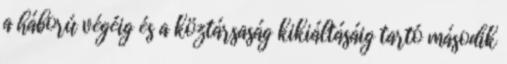
a háború végéig és a köztársaság kikiáltásáig tartó második